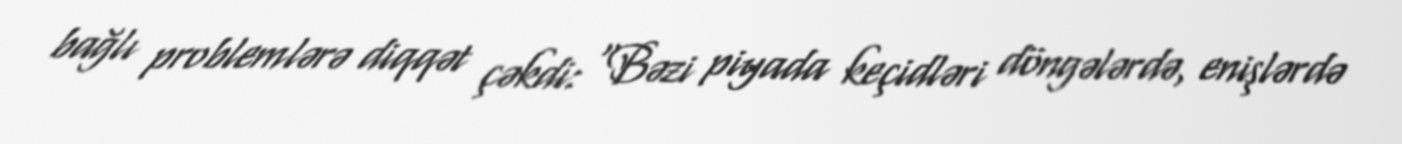
bağlı problemlərə diqqət çəkdi: “Bəzi piyada keçidləri döngələrdə, enişlərdə